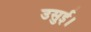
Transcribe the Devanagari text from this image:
उसुई।